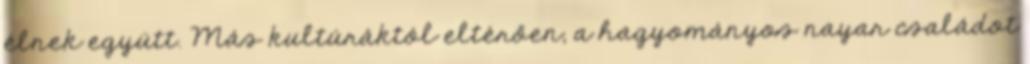
élnek együtt. Más kultúráktól eltérően, a hagyományos nayar családot